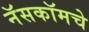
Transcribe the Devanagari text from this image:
नॅसकॉमचे